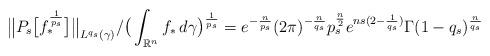
LaTeX: \begin{align*}\big\|P_s \big[f_*^{\frac1{p_s}}\big]\big\|_{L^{q_s}(\gamma)}/ \big(\int_{\mathbb{R}^n}f_*\, d\gamma \big)^{\frac1{p_s}}= e^{-\frac{n}{p_s}} (2\pi)^{-\frac{n}{q_s}} p_s^{\frac{n}2}e^{ns(2 - \frac1{q_s})}\Gamma(1-q_s)^{\frac{n}{q_s}}\end{align*}